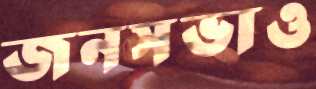
জনসভাও